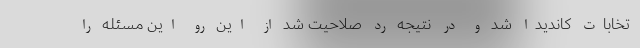
تخابات کاندیدا شد و در نتیجه رد صلاحیت شد از این رو این مسئله را